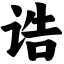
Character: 诰